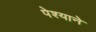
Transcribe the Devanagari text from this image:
पेश्याने